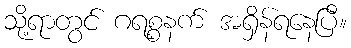
သို့ရာတွင် ဂရစ္စနက် အရှိန်ရနေပြီ။